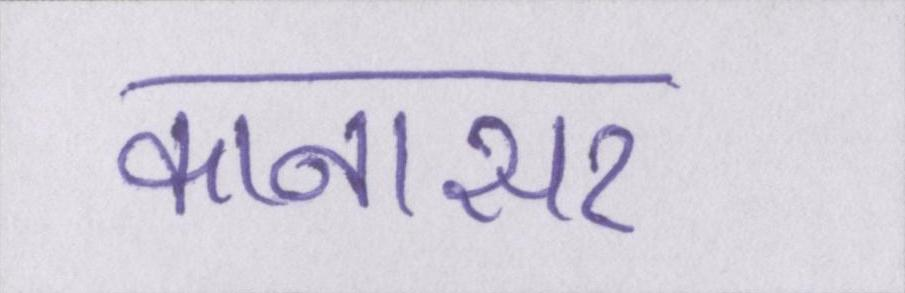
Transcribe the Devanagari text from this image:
कानासर